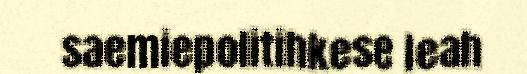
saemiepolitihkese leah